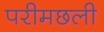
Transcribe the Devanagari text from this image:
परीमछली